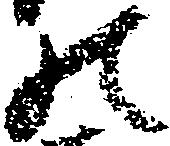
の